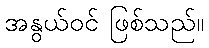
အနွယ်ဝင် ဖြစ်သည်။